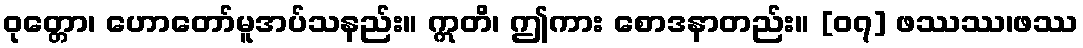
ဝုတ္တော၊ ဟောတော်မူအပ်သနည်း။ ဣတိ၊ ဤကား စောဒနာတည်း။ [၀၇] ဖဿဿ၊ဖဿ